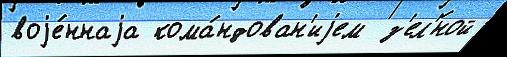
воjе́ннаjа кома́ндован'иjем  з'ел'́ной